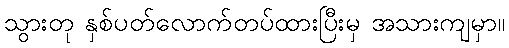
သွားတု နှစ်ပတ်လောက်တပ်ထားပြီးမှ အသားကျမှာ။